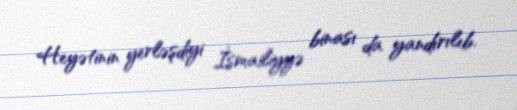
Heyətinin yerləşdiyi İsmailiyyə binası da yandırılıb.